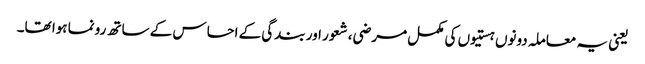
یعنی یہ معاملہ دونوں ہستیوں کی مکمل مرضی، شعور اور بندگی کے احساس کے ساتھ رونما ہوا تھا۔